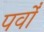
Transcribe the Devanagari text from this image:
पर्वोँ